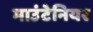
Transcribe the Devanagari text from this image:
माउंटेनियर